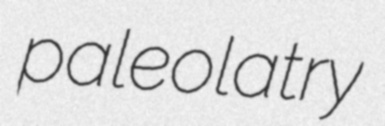
paleolatry